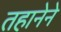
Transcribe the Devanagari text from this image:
तहानेने